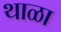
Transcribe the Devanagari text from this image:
थाळा